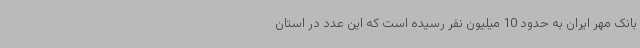
بانک مهر ایران به حدود 10 میلیون نفر رسیده است که این عدد در استان